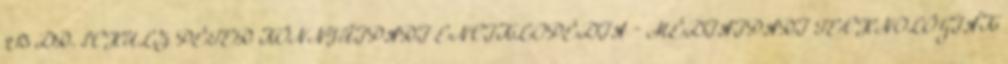
213 DR. SCHULZ PÉTER KÖNNYŰIPARI ENCIKLOPÉDIA – MÉDIAIPARI TECHNOLÓGIÁK